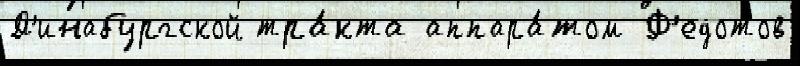
Д'инабургской тра́кта аппара́том Ф'едотов